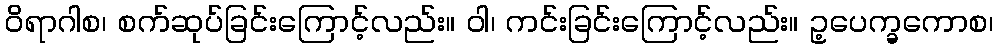
ဝိရာဂါစ၊ စက်ဆုပ်ခြင်းကြောင့်လည်း။ ဝါ၊ ကင်းခြင်းကြောင့်လည်း။ ဥ့ပေက္ခကောစ၊